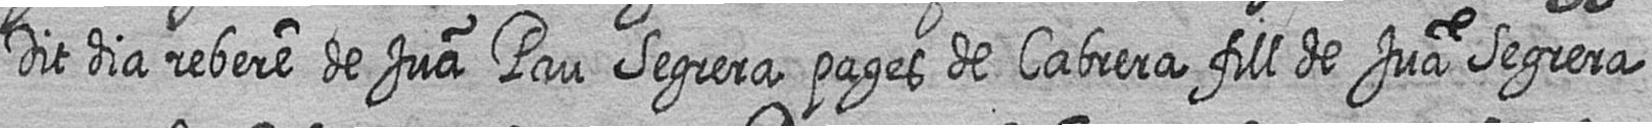
Dit dia rebere de Jua Pau Segrera pages de Cabrera fill de Jua Segrera